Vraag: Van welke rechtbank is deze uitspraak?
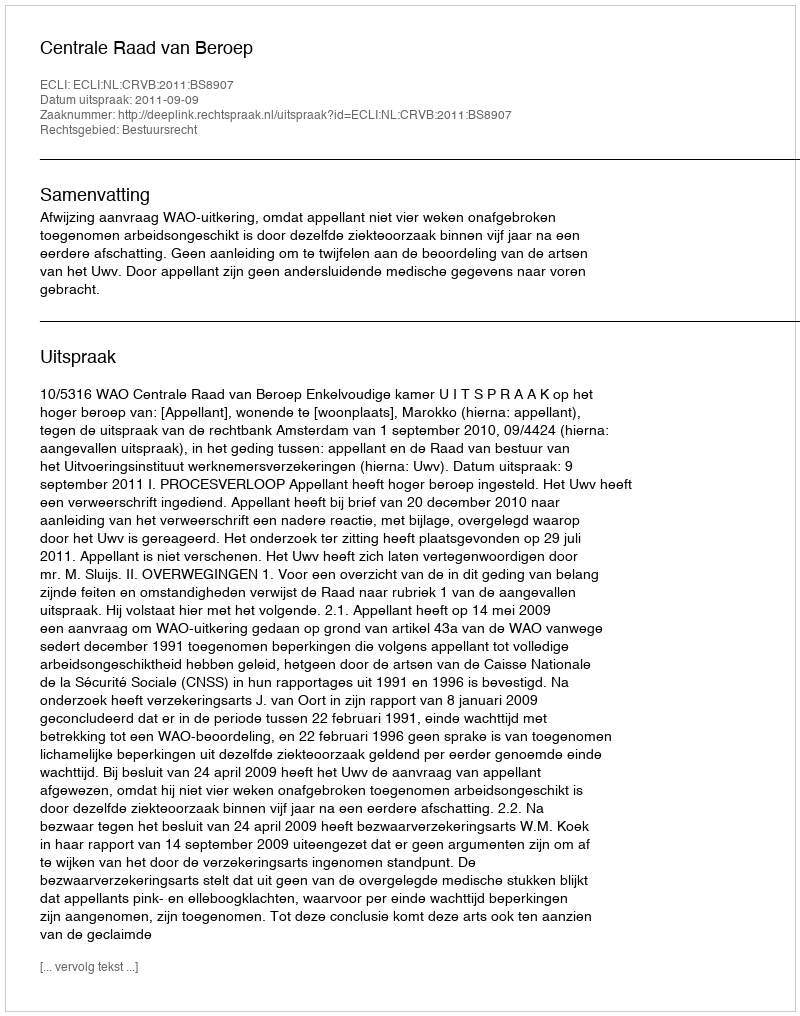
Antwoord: Centrale Raad van Beroep